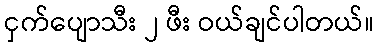
ငှက်ပျောသီး ၂ ဖီး ဝယ်ချင်ပါတယ်။